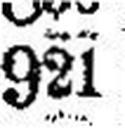
921